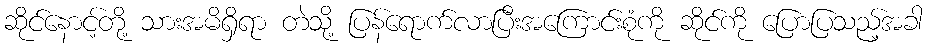
ဆိုင်နောင့်တို့ သားအမိရှိရာ တဲသို့ ပြန်ရောက်လာပြီးအကြောင်းစုံကို ဆိုင်ကို ပြောပြသည့်အခါ